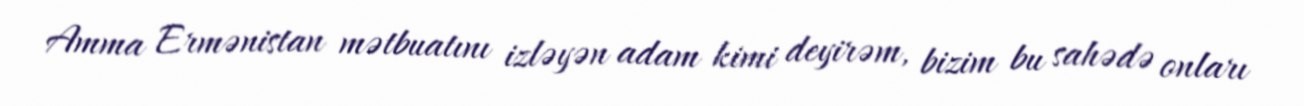
Amma Ermənistan mətbuatını izləyən adam kimi deyirəm, bizim bu sahədə onları